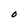
Character: O